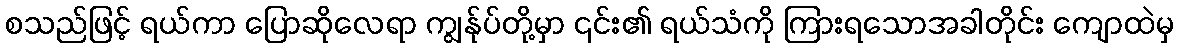
စသည်ဖြင့် ရယ်ကာ ပြောဆိုလေရာ ကျွန်ုပ်တို့မှာ ၎င်း၏ ရယ်သံကို ကြားရသောအခါတိုင်း ကျောထဲမှ